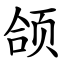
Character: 颌